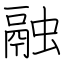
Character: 融